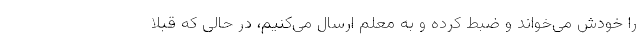
را خودش می‌خواند و ضبط کرده و به معلم ارسال می‌کنیم، در حالی که قبلا